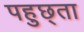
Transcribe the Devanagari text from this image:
पहुछ्ता